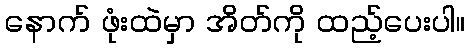
နောက် ဖုံးထဲမှာ အိတ်ကို ထည့်ပေးပါ။